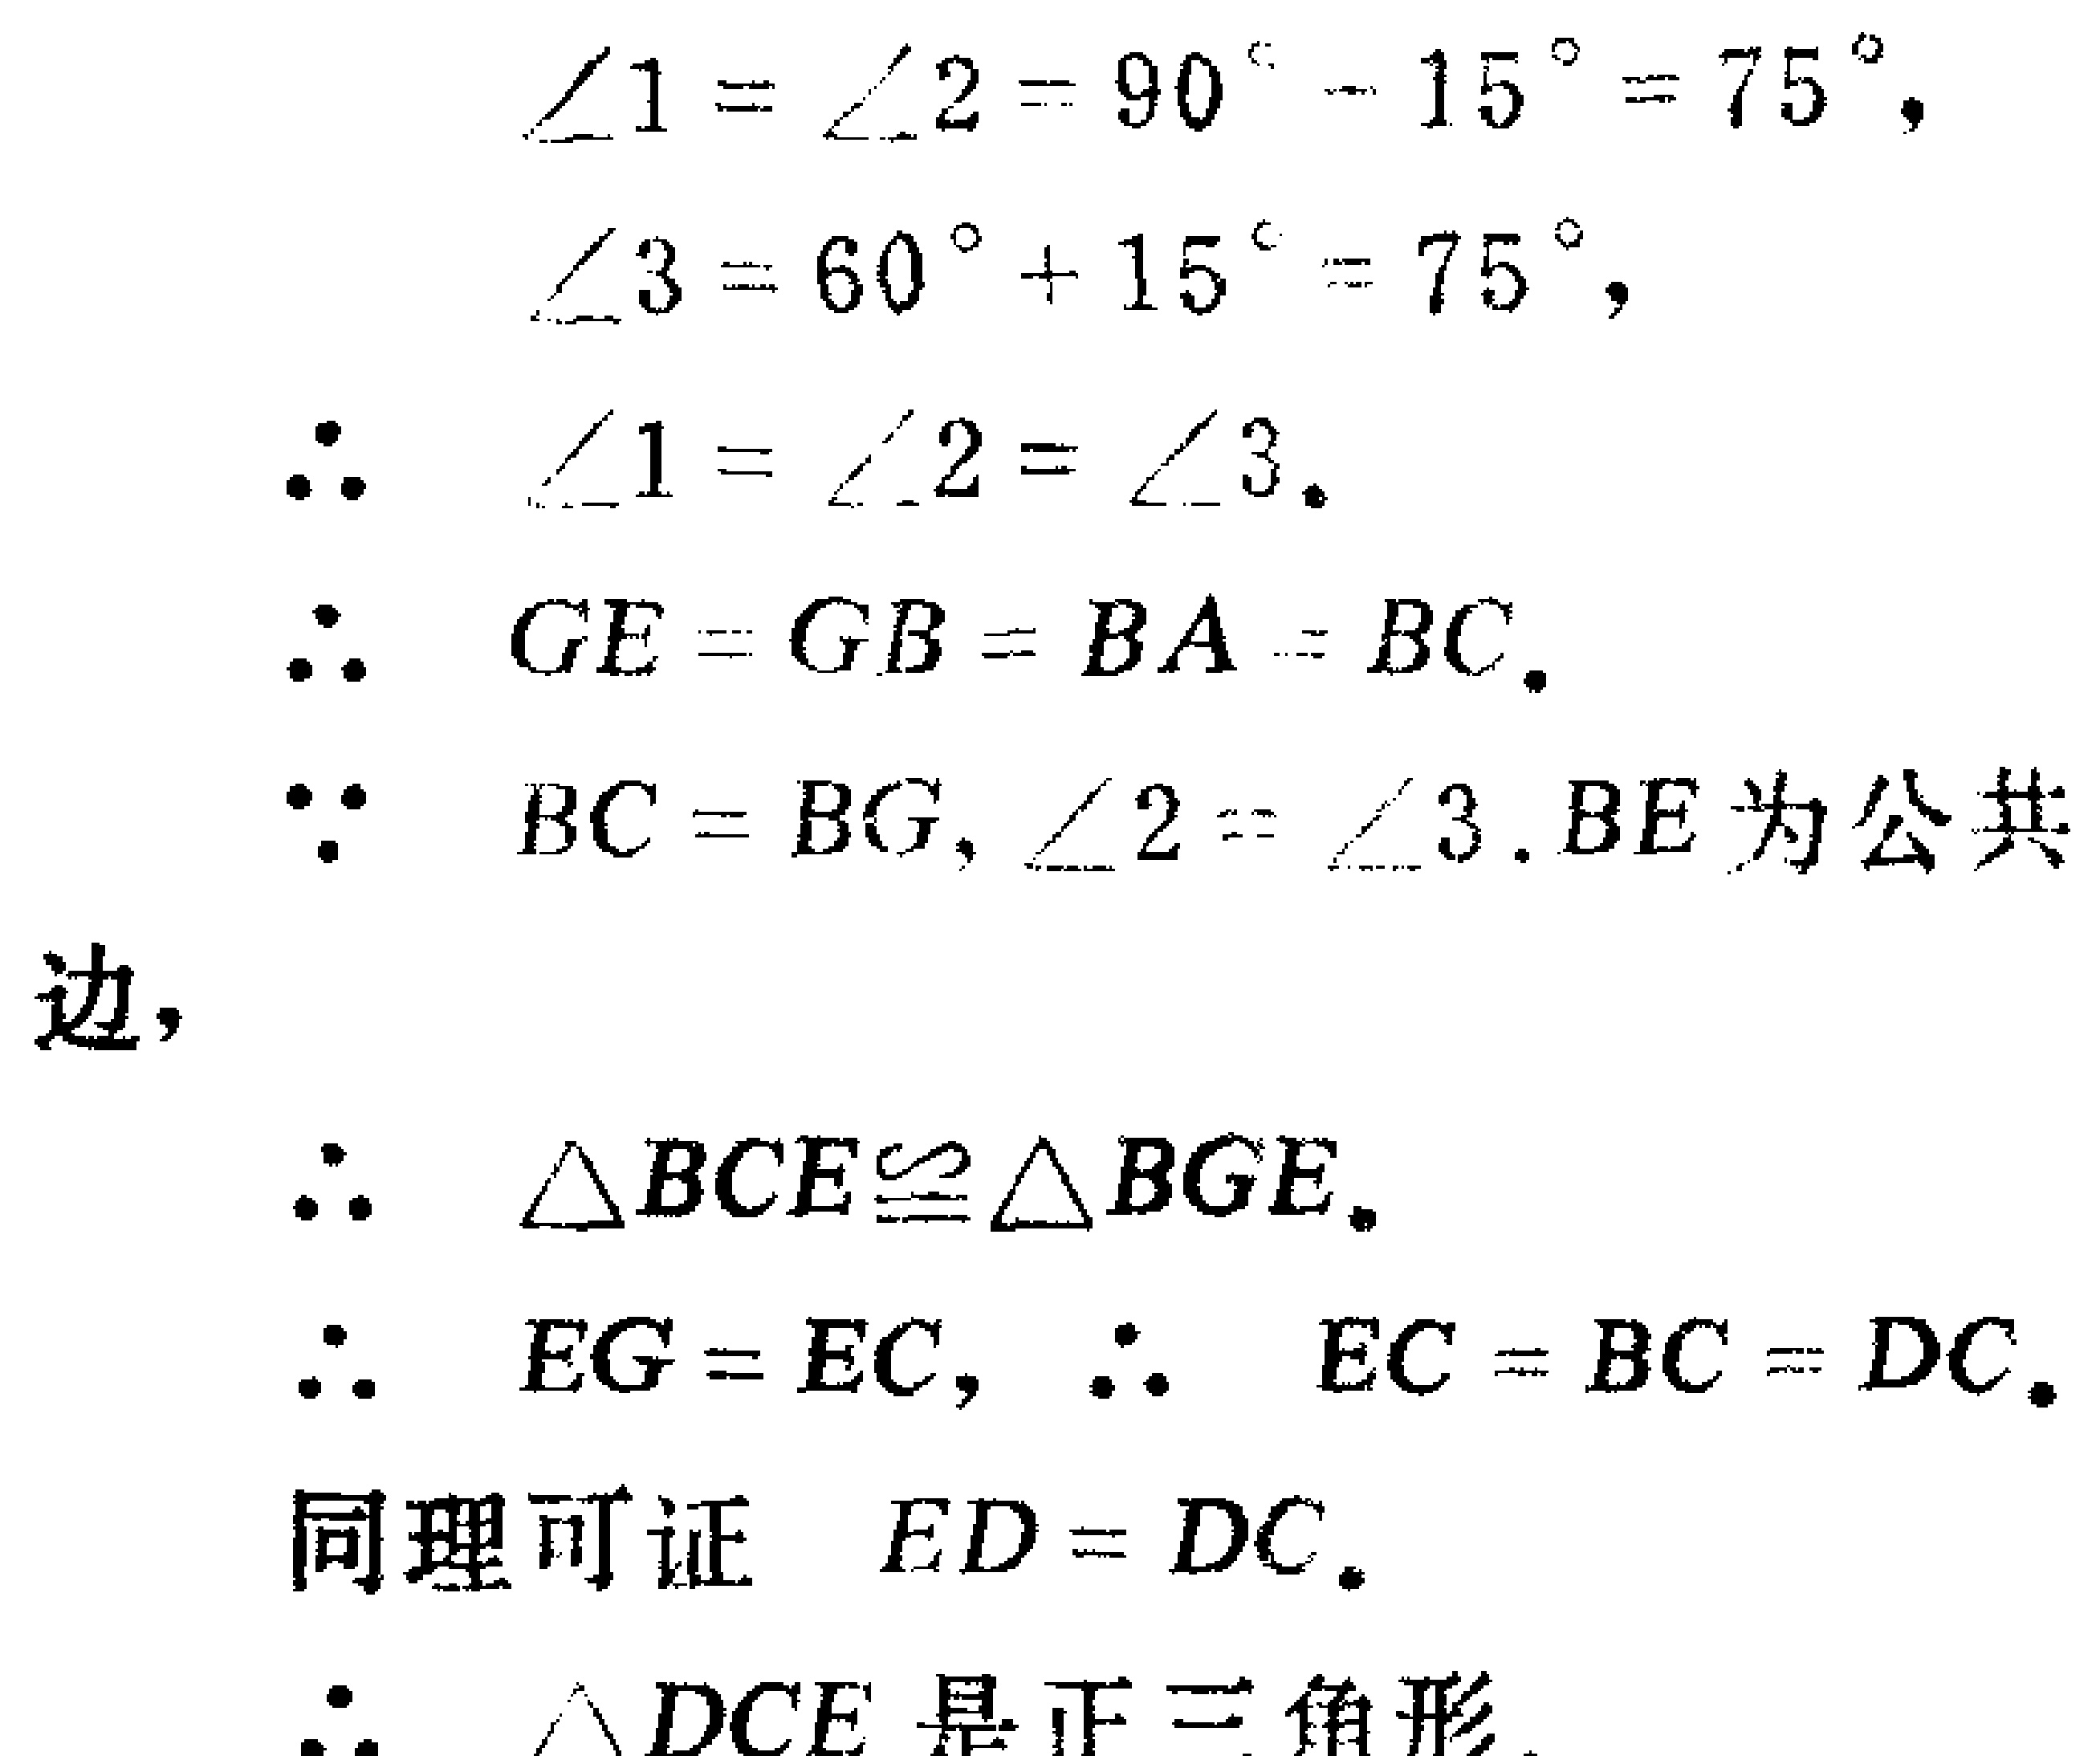
\[

\begin{align*}

\angle1 = \angle2&= 90^{\circ}- 15^{\circ}=75^{\circ},\\

\angle3&=60^{\circ}+15^{\circ}=75^{\circ},\\

\therefore\quad \angle1 = \angle2&= \angle3.\\

\therefore\quad GE = GB&= BA = BC.\\

\because\quad BC = BG,\angle2&= \angle3,BE\text{ 为公共}\\

\text{边},\\

\therefore\quad \triangle BCE&\cong\triangle BGE.\\

\therefore\quad EG = EC,\therefore\quad EC&= BC = DC.\\

\text{同理可证}\quad ED&= DC.\\

\therefore\quad \triangle DCE\text{ 是正三角形}.

\end{align*}

\]